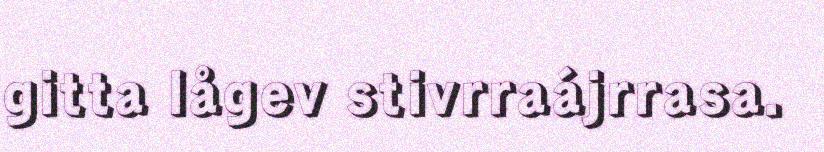
gitta lågev stivrraájrrasa.